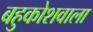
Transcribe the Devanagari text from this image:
बहुकोशवाला